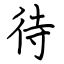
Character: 待